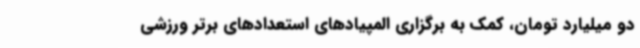
دو میلیارد تومان، کمک به برگزاری المپیادهای استعدادهای برتر ورزشی